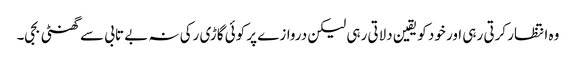
وہ انتظار کرتی رہی اور خود کو یقین دلاتی رہی لیکن دروازے پر کوئی گاڑی رکی نہ بے تابی سے گھنٹی بجی۔